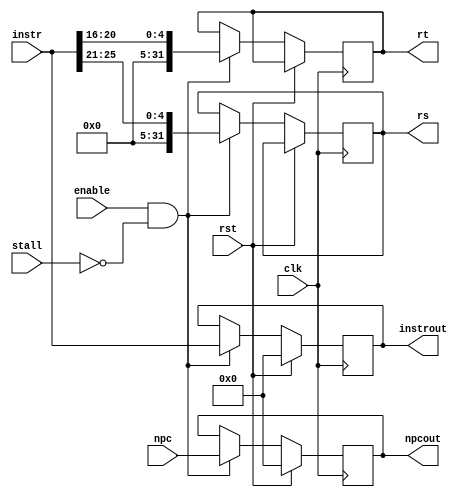
`timescale 1ns / 1ps

////////////////////////////////////////////////////////////////////////////////
// Company:       Universidad Nacional de Cordoba
//
// Module Name:   IF_ID
// Project Name:  MIPS 
// Description:   MIPS IF_ID register implementation in verilog.
//
// Dependencies:  None
//
////////////////////////////////////////////////////////////////////////////////

module IF_ID(input clk,
             input rst,
             input enable,
             input stall,
             input [31:0] npc,
             input [31:0] instr,
             output reg [31:0] rs,
             output reg [31:0] rt,
             output reg [31:0] instrout,
             output reg [31:0] npcout);
	// Initialize.
	initial begin
		instrout <= 0;
		npcout <= 0;
	end

	// Update.
	always @ (posedge clk)
        if(rst)
            begin
                npcout <= 0;
                instrout <= 0;
			end
        else if (enable && !stall)
        begin
            npcout <= npc;
			instrout <= instr;
			rs <= instr[25:21];
			rt <= instr[20:16];
		end
endmodule